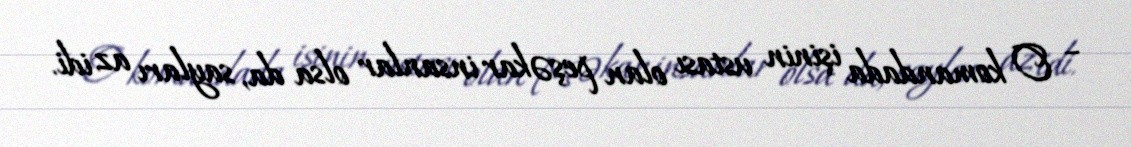
– O komandada işinin ustası olan peşəkar insanlar olsa da, sayları az idi.